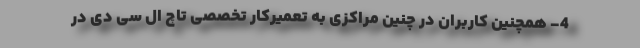
4- همچنین کاربران در چنین مراکزی به تعمیرکار تخصصی تاچ ال سی دی در